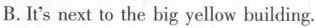
B.It's next to the big yellow building.